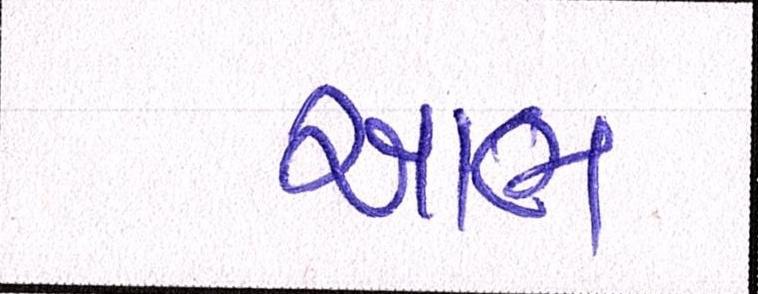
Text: આભ